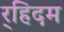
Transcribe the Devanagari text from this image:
र्‍हिदम